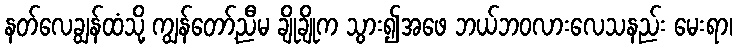
နတ်လေချွန်ထံသို့ ကျွန်တော့်ညီမ ချိုချိုက သွား၍အဖေ ဘယ်ဘဝလားလေသနည်း မေးရာ၊